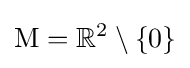
\mathrm {M} =\mathbb {R} ^{2}\setminus \{0\}